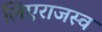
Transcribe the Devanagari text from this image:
लिएराजस्व